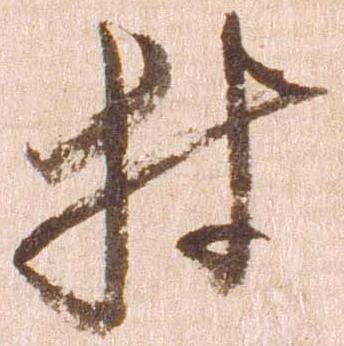
村